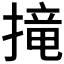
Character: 𢲣